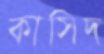
কাসিদ